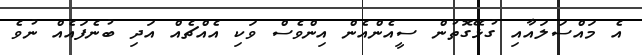
އެ މައްސަލައާއި ގުޅޭގޮތުން ސީއެންއެން އިންވެސް ވަކި އެއްޗެއް އަދި ބުނެފައެއް ނުވެ